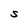
Character: S